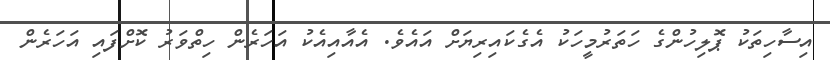
އިސާހިތަކު ޕޮލިހުންގެ ހަތަރުމީހަކު އެގެކައިރިޔަށް އައެވެ. އެއާއިއެކު އަހަރެން ހިތްވަރު ކޮށްފައި އަހަރެން